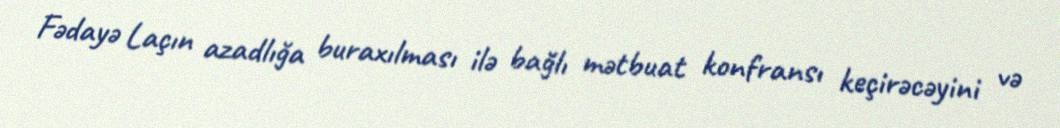
Fədayə Laçın azadlığa buraxılması ilə bağlı mətbuat konfransı keçirəcəyini və